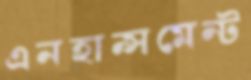
এনহান্সমেন্ট